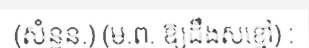
(សំនួន.) (ម.ព. ឱ្យដឹងសខ្មៅ) :